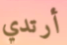
أرتدي